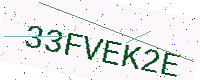
Text: 33FVEK2E